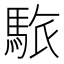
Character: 䮉